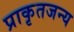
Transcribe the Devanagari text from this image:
प्राकृतजन्य